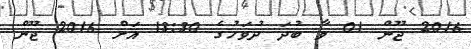
2016 ޖޫން 01 ވާ ބުދަ ދުވަހުގެ 13:30 އަށް 2016 ޖޫން